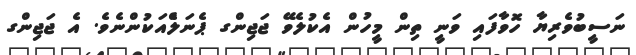
ނަސީބުވެރިޔާ ހޮވާފައި ވަނީ ތިން މީހުން އެކުލެވޭ ޖަޖިންގ ޕެނަލްެއަކުންނެވެ. އެ ޖަޖިންގ